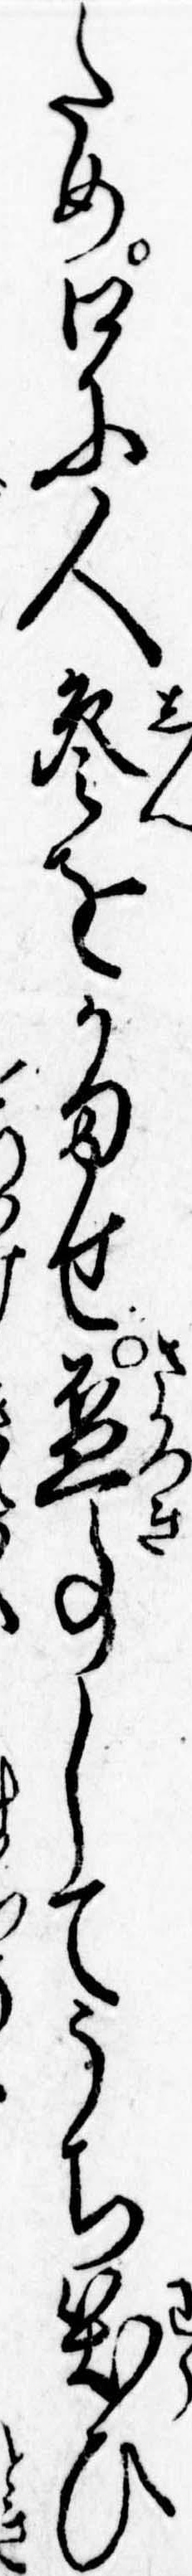
ため口に人参をかませ杯事してうち笑ひ